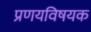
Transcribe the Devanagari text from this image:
प्रणयविषयक